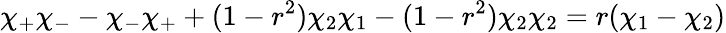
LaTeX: \chi_{+}\chi_{-}-\chi_{-}\chi_{+}+(1-r^{2})\chi_{2}\chi_{1}-(1-r^{2})\chi_{2}\chi_{2}=r(\chi_{1}-\chi_{2})